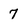
Character: 7